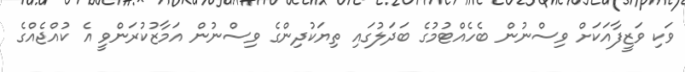
ވަކި ވަޒީފާއަކަށް ވިސްނުން ބެހެއްޓުމުގެ ބަދަލުގައި ތިޔަކުދިންގެ ވިސްނުން އަމާޒުކުރަންވީ އެ ކުއްޖެއްގެ